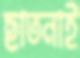
ছাতনাই